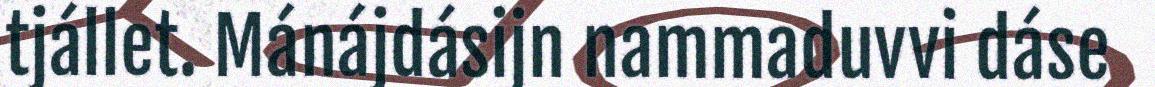
tjállet. Mánájdásijn nammaduvvi dáse